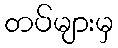
တပ်များမှ